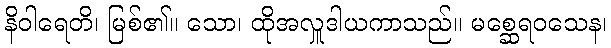
နိဝါရေတိ၊ မြစ်၏။ သော၊ ထိုအလှူဒါယကာသည်။ မစ္ဆေရဝသေန၊